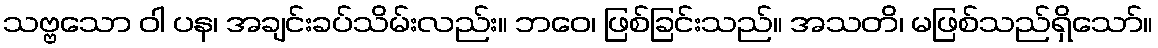
သဗ္ဗသော ဝါ ပန၊ အချင်းခပ်သိမ်းလည်း။ ဘဝေ၊ ဖြစ်ခြင်းသည်။ အသတိ၊ မဖြစ်သည်ရှိသော်။